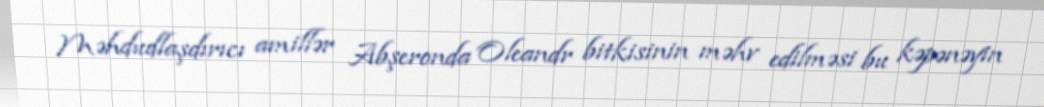
Məhdudlaşdırıcı amillər Abşeronda Oleandr bitkisinin məhv edilməsi bu kəpənəyin